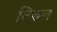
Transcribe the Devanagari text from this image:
तिरुल